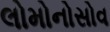
લોમોનોસોવ